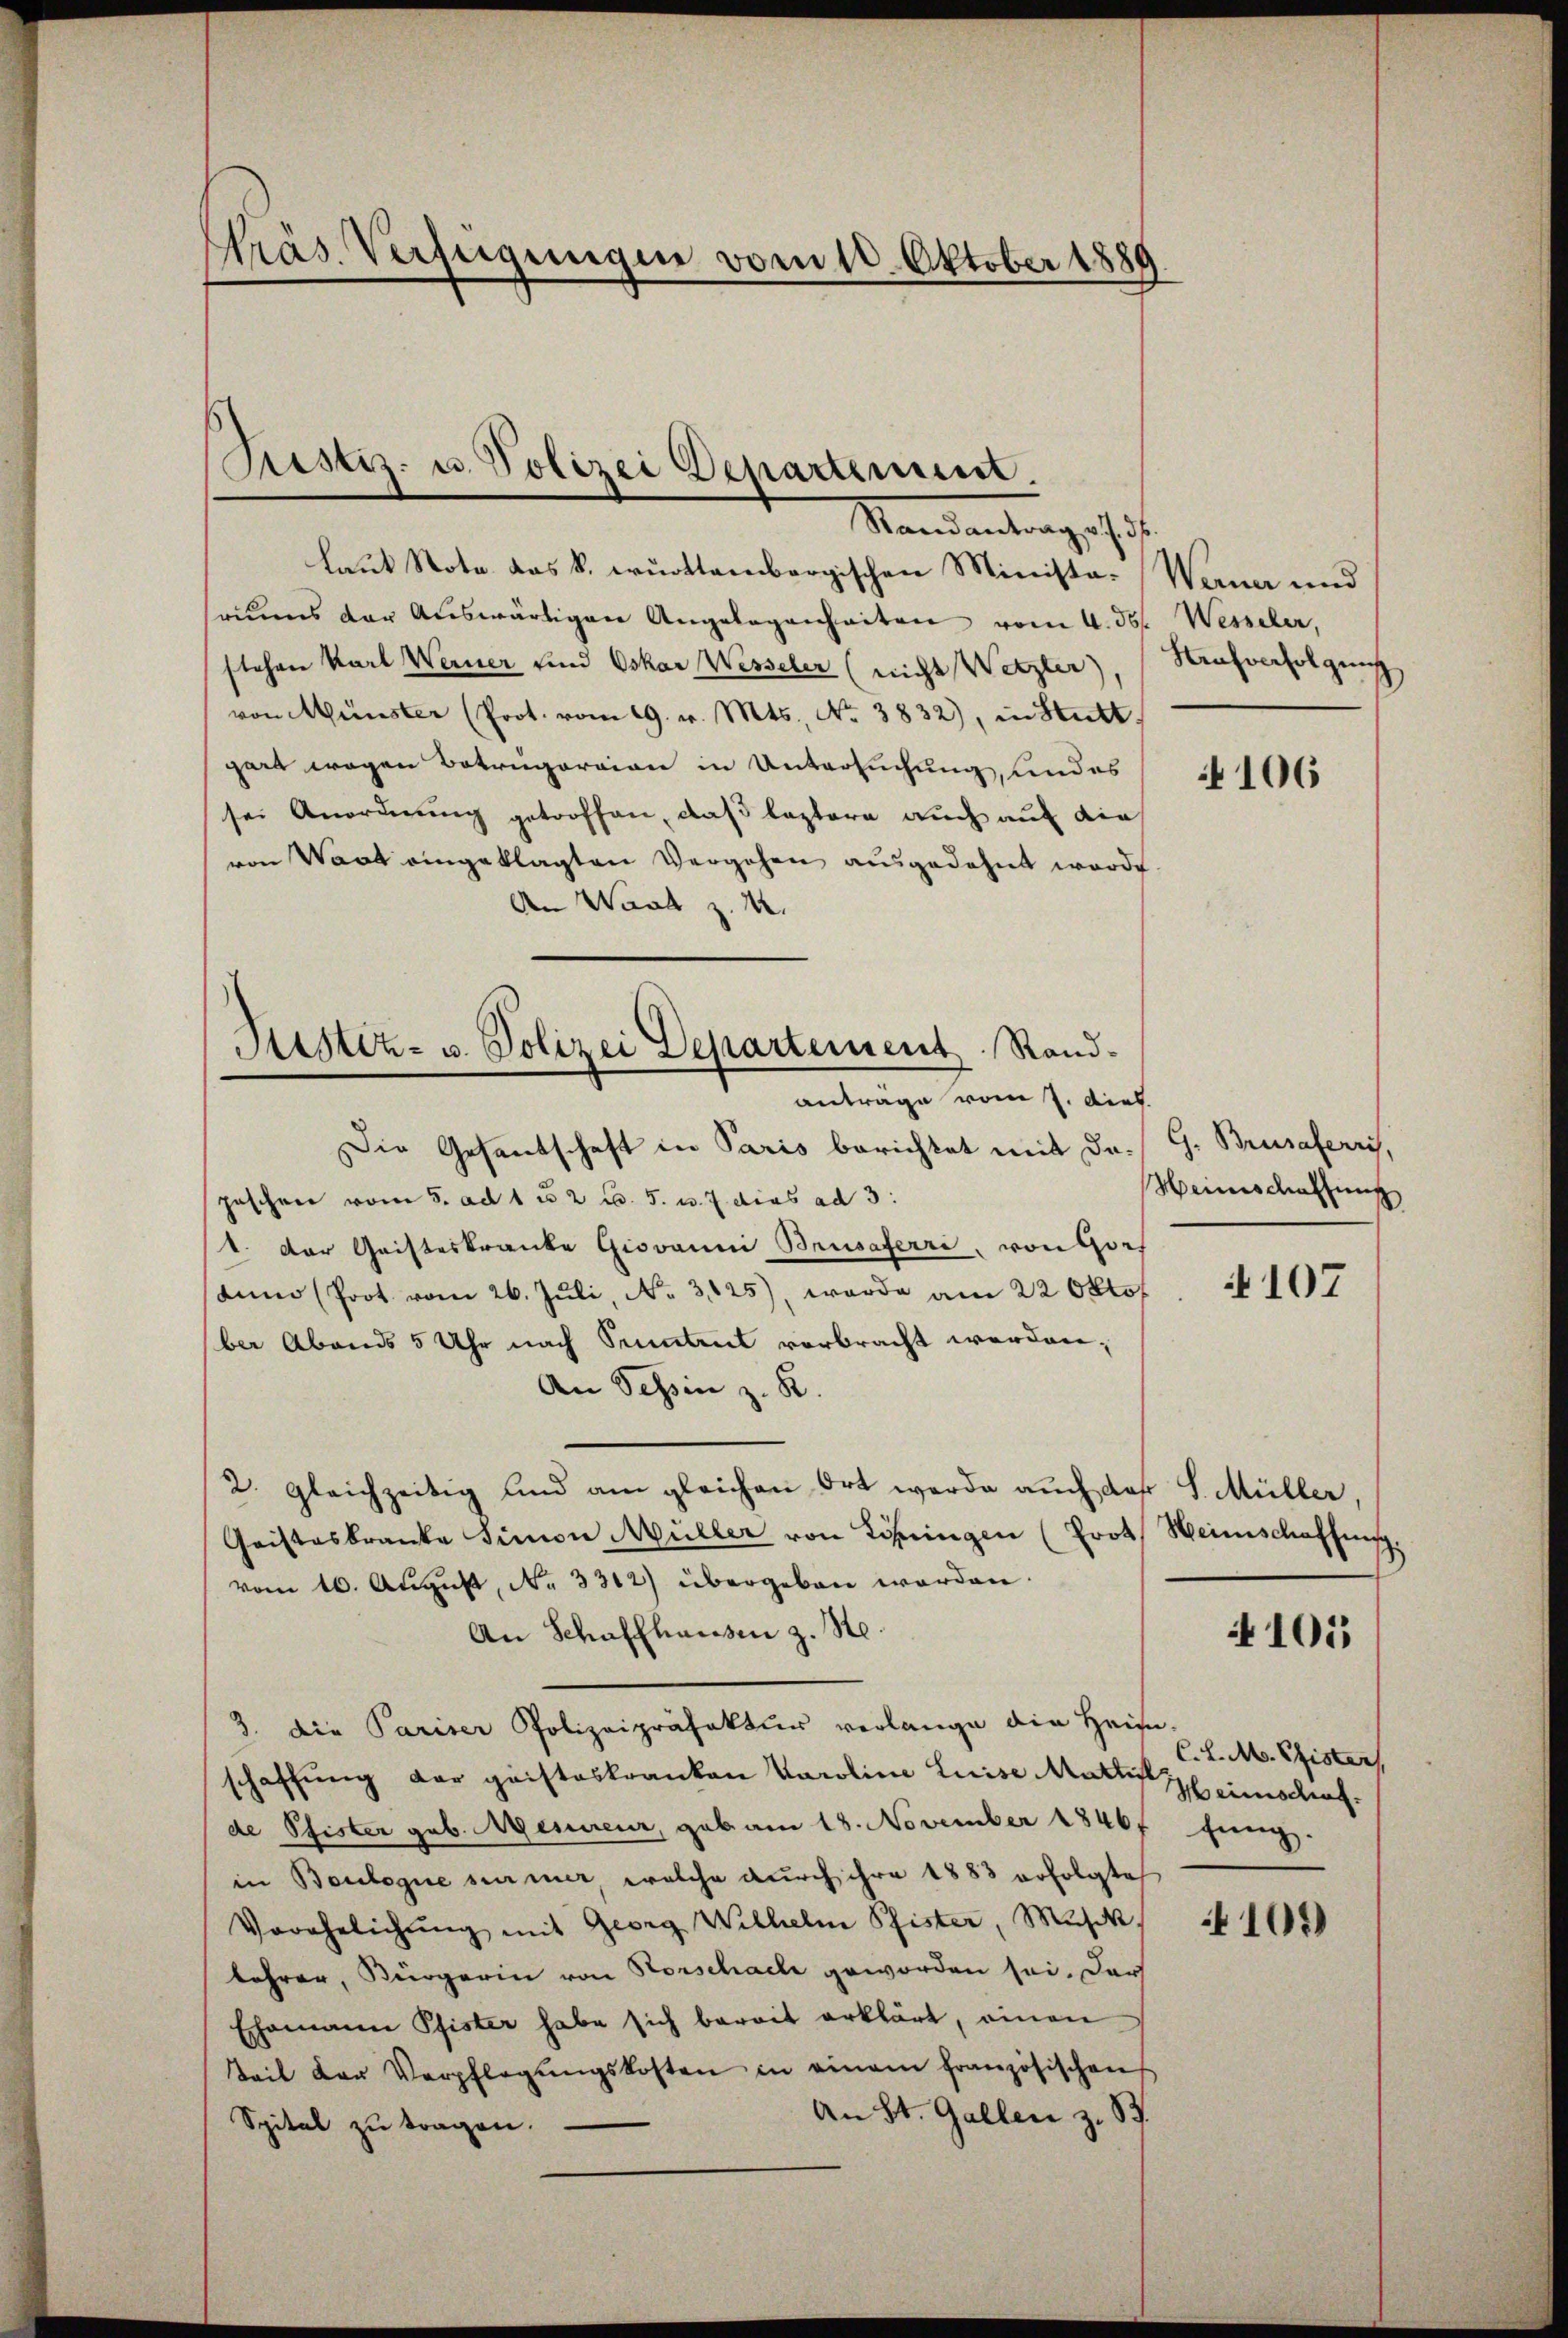
Präs. Verfügungen vom 11. Oktober 1889

Justiz- u. Polizei Departement
Standentrag schrift

laut Note das k. württembergischen Ministaruns der Auswärtigen Angelegenheiten vom 4. ds. Wesseler,
stehen Karl Werner und Oskar Wesseler (nicht Wetzler),
von Münster (Prot. vom 19. v. Mts. No. 3832), in Statt
gart wegen Betrugereien in Untersuchung, und es
sei Anordnung getroffen, daß leztere auch auf die
von Wart eingeklagten Vergehen ausgedehnt worde.
An Wand z. B.
Die Gesandschaft in Paris berichtet mit dapeschen vom 5. ad 1 u. 2 u. 5. u. 7 dies ad 3.
t. Der Gristeskranke Giovanni Brusaferri, von Gorf
dum (Prot vom 26. Juli, No. 325), worde am 22 Oktob
ber Abends 5 Uhr nach Sentent vorbracht werden;
An Tessin z. B.
2. gleichzeitig und am gleichen Ort werde auch daß S. Müller,
Geisteskranke Simon Müller von Lösingen (Prot. Heimschaffung.
vom 16. August, No 3312) übergeben werden.
An Schaffhausen z. Ste
3. Die Pariser Polizeipräfaktur verlange die Heis-
schaffung der geisteskranken Karoline Luise Mathis
de Pfister geb. Messureur, gab am 18. November 18467 fung.
in Boulogne summer, welche durch ihre 1883 erfolgte
Verehelichŭng mit Georg Wilhelm Pfister, Musik
lehrer, Bürgerin von Horschache geworden sei. Dars
Ehemann Pfister habe sich bereit erklärt, einen
Zeit der Verpflegŭngskosten in einem französischens
An St. Gallen z. B.
Spital zu tragen.

Sistiz- u. Polizei Departement Randanträge vom 7. dies.

Warne und
Hrafverfolgung

106

G. Bresaferris,
Heinschaffung

107

C. L. M. Pfister
Heimschruf.

101

109)